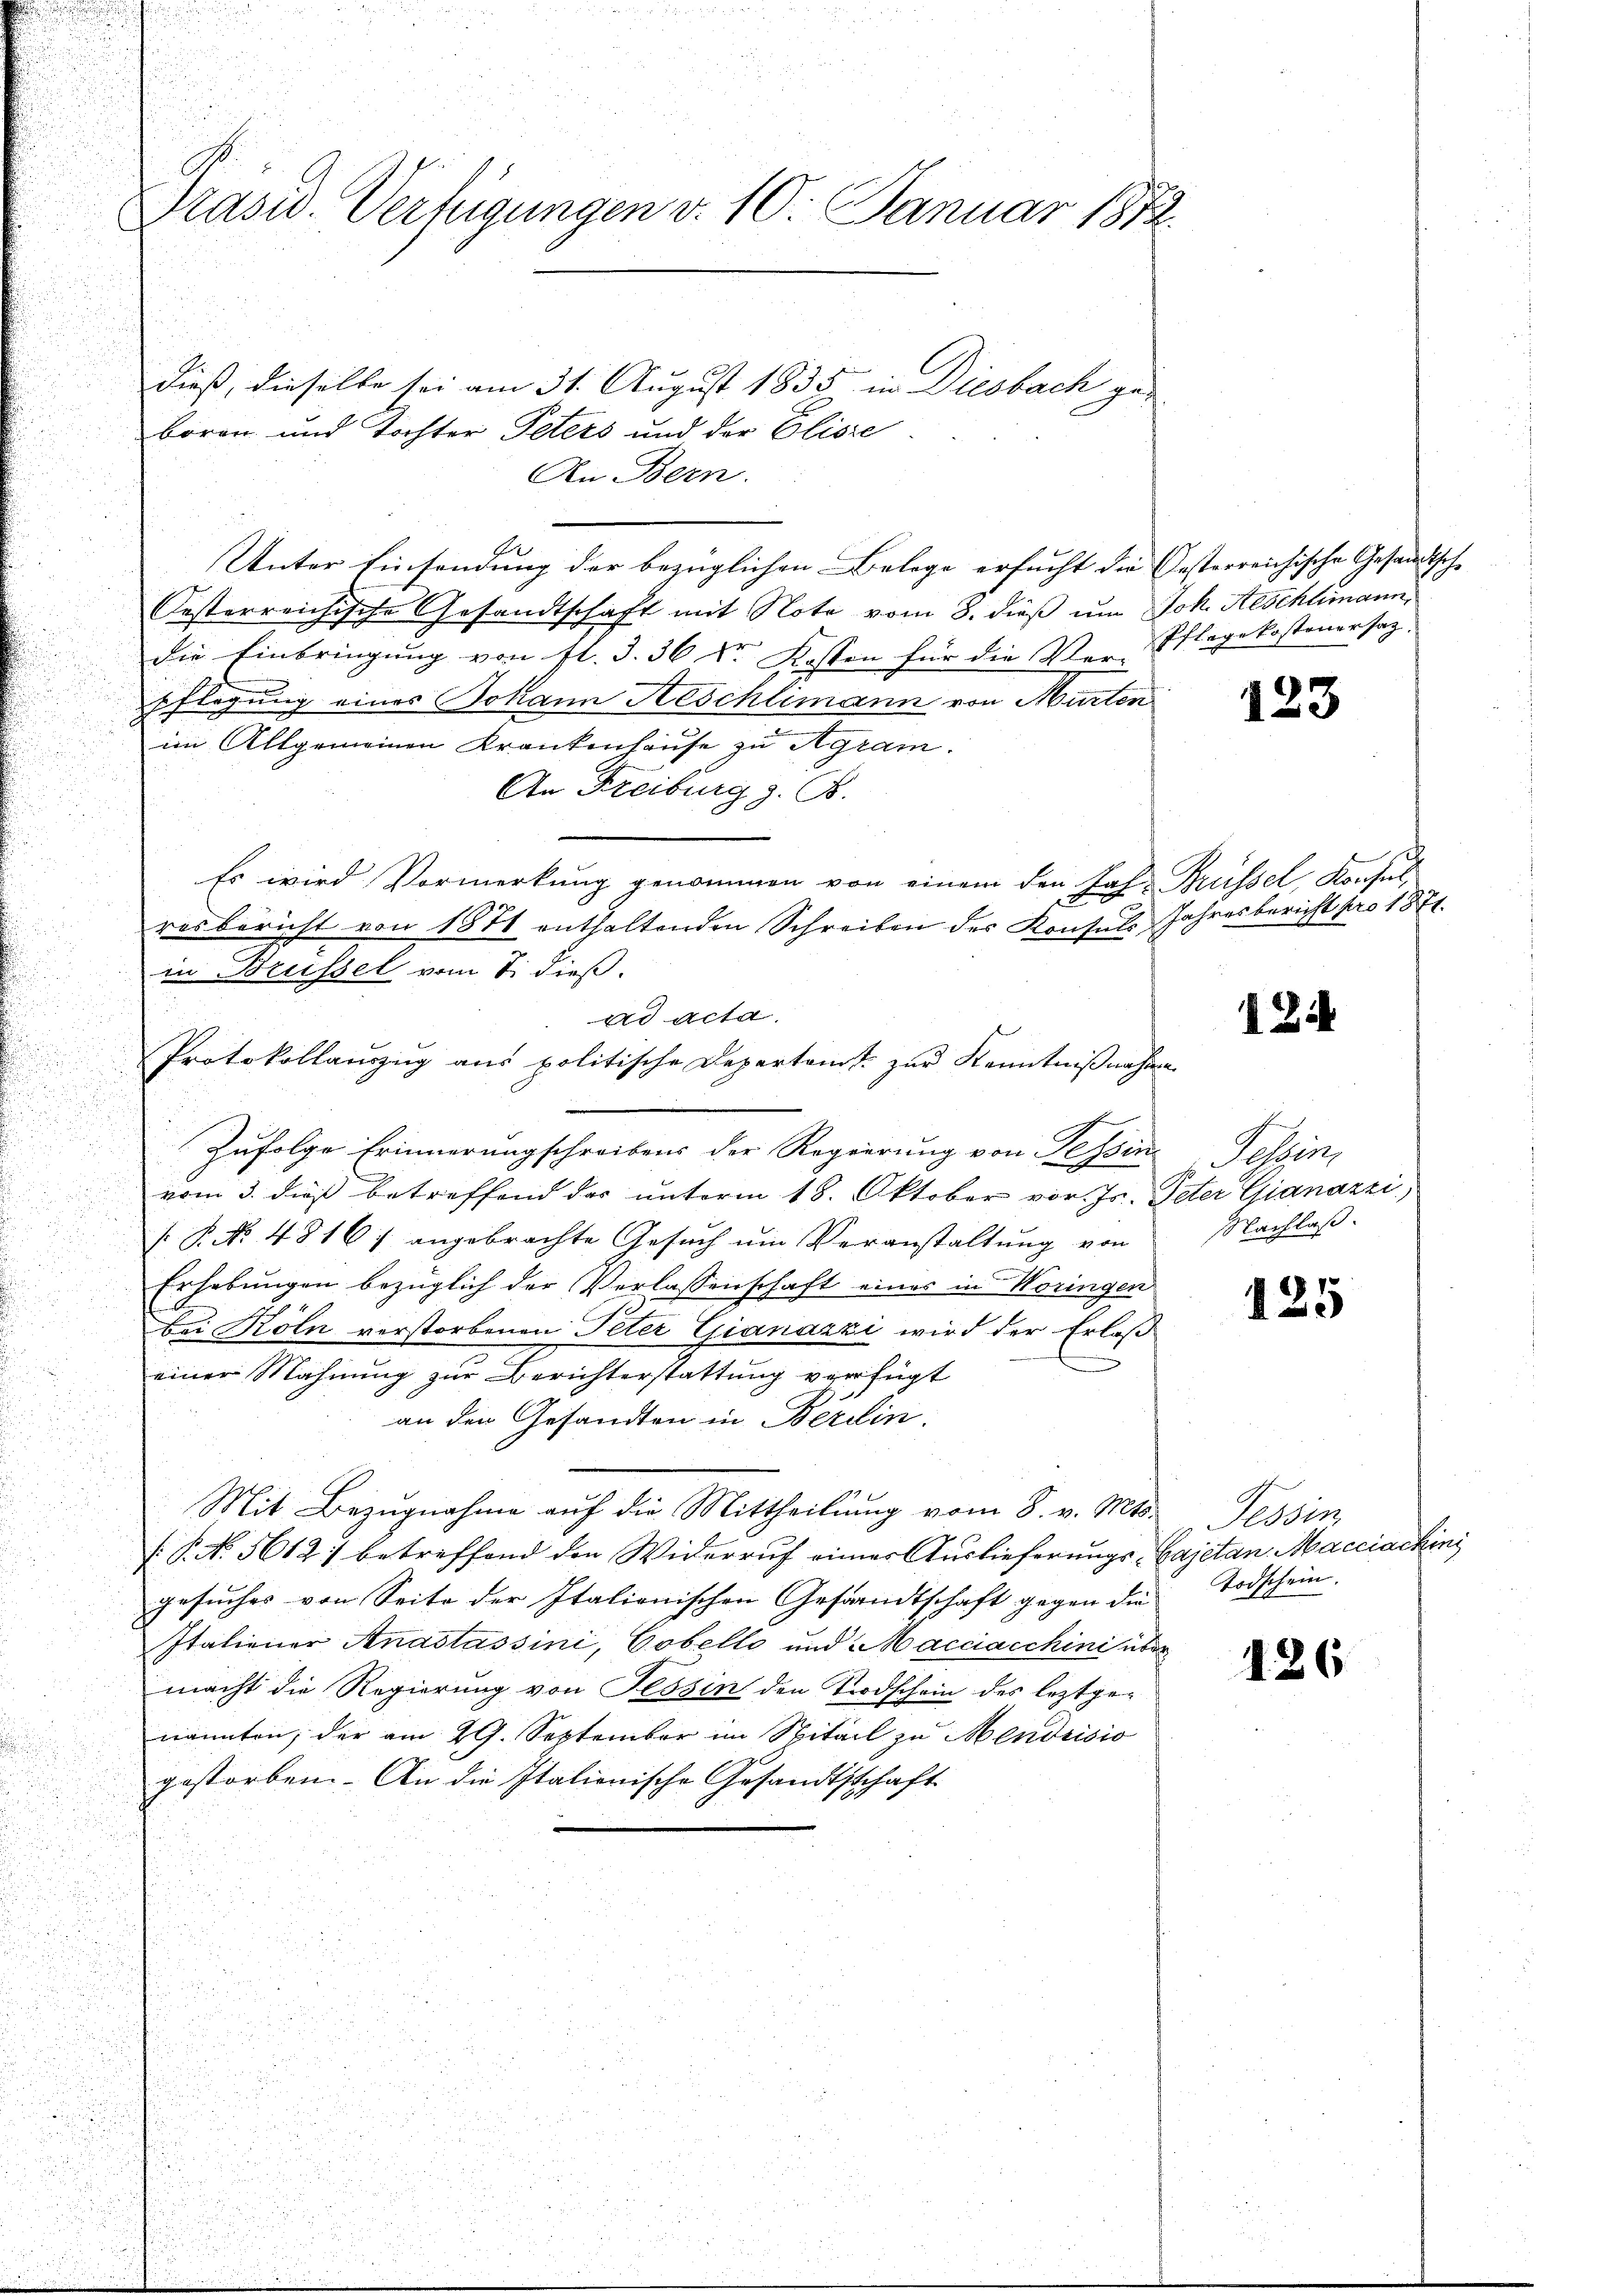
dieß, dieselbe sei am 31. August 1835 in Diesbach gebören und Tochter Peters und der Elisse
An Bern.
Unter Einsendung der bezüglichen Belege ersucht die Gesterreichische Gesandtsche |
Oesterreichische Gesandtschaft mit Note vom 8. dieß um Joh. Aeschlimann,
die Einbringung von fl. §. 36 Sr. Kosten für die Ver-Pflage kostenersatz.
pflegung eines Johann Aeschlimann von Murten
im Allgemeinen Krankenhause zu Agram.
An Freiburg z. B.
Es wird Vormerkung genommen von einem den Jah-
resbericht von 1871 enthaltenden Schreiben des Konsuls Jahresbericht pro 1871.
in Brüssel vom 8. dieß.
ad acta.
Protokollauszug aus politische Departamt zur Kenntnißnahme
Zufolge Erinnerungschreibens der Regierung von Tessin
vom 3. dieß betreffend das unterm 18. Oktober vor. Js. Peter Gianazzi,
: P. Nr. 4816 angebrachte Gesuch um Veranstaltung von
Erhebungen bezüglich der Verlassenschaft eines in Woringen
bei Köln verstorbenen Peter Gianazzi wird der Erlaß
einer Mahnung zur Berichterstattung verfügt
an den Gesandten in Berein.
Mit Bezugnahme auf die Mittheilung vom 8. v. Mts.
: P. No. 5612. betreffend den Widerruf einer Auslieferungs-Cajetan Macciachini
gesuches von Seite der Italionischen Gesandtschaft gegen die
Italiener Anastassini, Cobello und Macciacchini über
macht die Regierung von Tessin den Todschein des leztgenannten, der am 29. September im Spital zu Mendrisio
gestorben. An die Italienische Gesandtschaft

Prasis. Verfügungen v. 10. Januar 1872.

123

Brüssel, Konsul

I Zif

Sechsen
Nachlaß.

125

Tessin
Todschein.

126